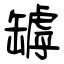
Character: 罅